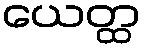
ယေတ္ထ